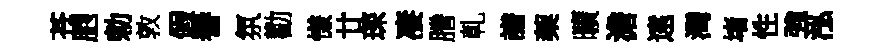
苍胞勅敦假譽氛勸慊廿琛凄謄乹譜蔾曠澹逺灣堵性強泓